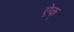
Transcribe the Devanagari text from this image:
ऐक्